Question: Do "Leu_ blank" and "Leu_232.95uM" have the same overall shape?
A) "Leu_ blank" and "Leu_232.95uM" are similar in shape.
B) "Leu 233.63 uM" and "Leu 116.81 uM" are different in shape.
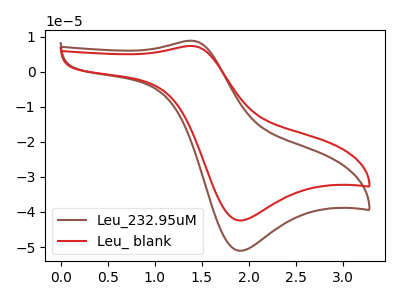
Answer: <think>The brown curve "Leu_232.95uM" has an anodic peak at (1.40V, 8.85uA) and a cathodic peak at (1.90V, -51.05uA). The red curve "Leu_ blank" has an anodic peak at (1.40V, 7.35uA) and a cathodic peak at (1.90V, -42.40uA).
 All the peaks in "Leu_ blank" have a peak in "Leu_232.95uM" at the same potential. Every peak in "Leu_ blank" is lower than every peak in "Leu_232.95uM".</think>
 <answer>A) "Leu_ blank" and "Leu_232.95uM" are similar in shape.</answer>
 <eval>A</eval>